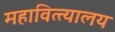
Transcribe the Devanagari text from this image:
महावित्त्यालय